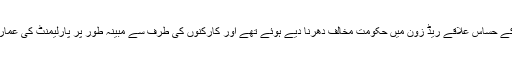
اگست 2014ء کے وسط میں ان دونوں جماعتوں کے قائد اپنے ہزاروں حامیوں کے ساتھ اسلام آباد کے حساس علاقے ریڈ زون میں حکومت مخالف دھرنا دیے ہوئے تھے اور کارکنوں کی طرف سے مبینہ طور پر پارلیمنٹ کی عمارت کے علاوہ سرکاری ٹی وی پر دھاوا بولے جانے کے دوران ان کی پولیس سے جھڑپ ہوئی تھی۔